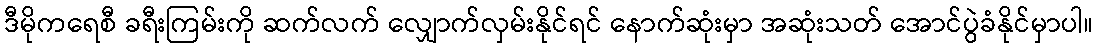
ဒီမိုကရေစီ ခရီးကြမ်းကို ဆက်လက် လျှောက်လှမ်းနိုင်ရင် နောက်ဆုံးမှာ အဆုံးသတ် အောင်ပွဲခံနိုင်မှာပါ။